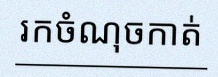
រកចំណុចកាត់